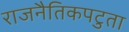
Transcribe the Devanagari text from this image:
राजनैतिकपटुता